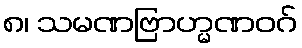
၈၊ သမဏဗြာဟ္မဏဝဂ်